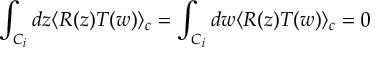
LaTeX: \int _ { C _ { i } } d z \langle R ( z ) T ( w ) \rangle _ { c } = \int _ { C _ { i } } d w \langle R ( z ) T ( w ) \rangle _ { c } = 0